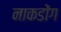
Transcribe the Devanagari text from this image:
नाकडोंग